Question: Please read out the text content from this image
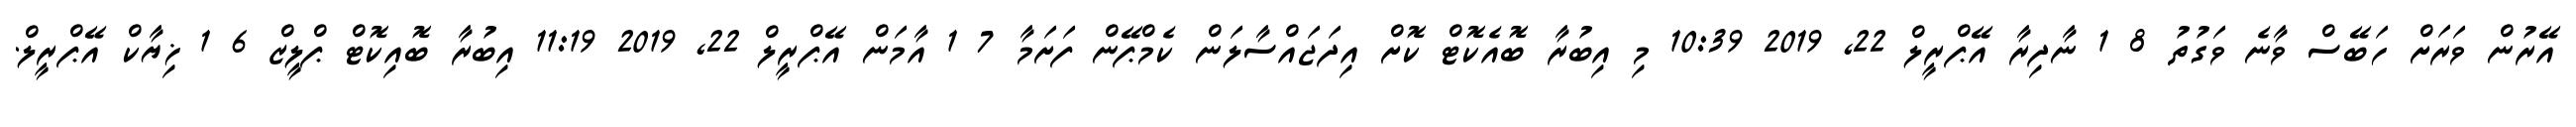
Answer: އޭރުން ވަރަށް ހަބޭސް ވާނެ ވަގުތު 8 1 ނާދިރާ އޭޕްރީލް 22, 2019 10:39 މި އިބުރާ ބޮއެކޮޓް ކޮށް އިދަޖައްސާލަން ކެމްޕޭން ފަށަމާ 7 1 އާމަން އޭޕްރީލް 22, 2019 11:19 އިބުރާ ބޮއިކޮޓް ޕްލީޒް 6 1 ޚިޔާކް އޭޕްރީލް.